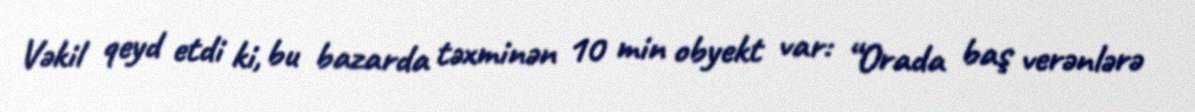
Vəkil qeyd etdi ki, bu bazarda təxminən 10 min obyekt var: “Orada baş verənlərə